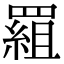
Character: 𦋽